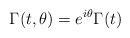
LaTeX: \begin{align*}\Gamma(t,\theta)=e^{i\theta}\Gamma(t)\end{align*}